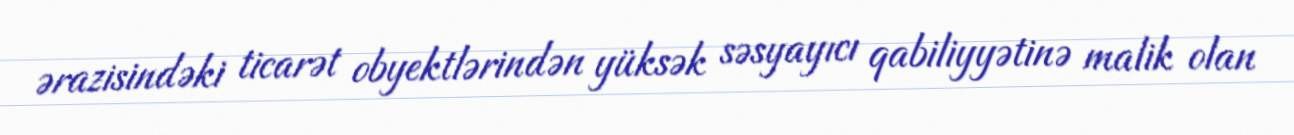
ərazisindəki ticarət obyektlərindən yüksək səsyayıcı qabiliyyətinə malik olan